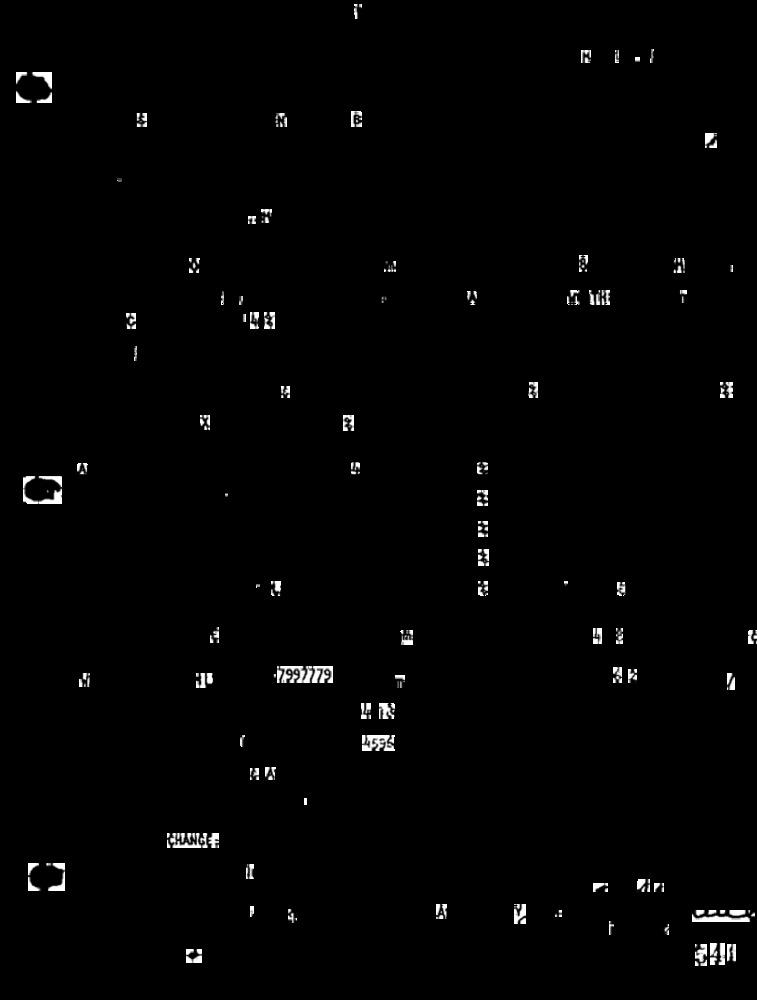
IN
77997779
4596
HANG